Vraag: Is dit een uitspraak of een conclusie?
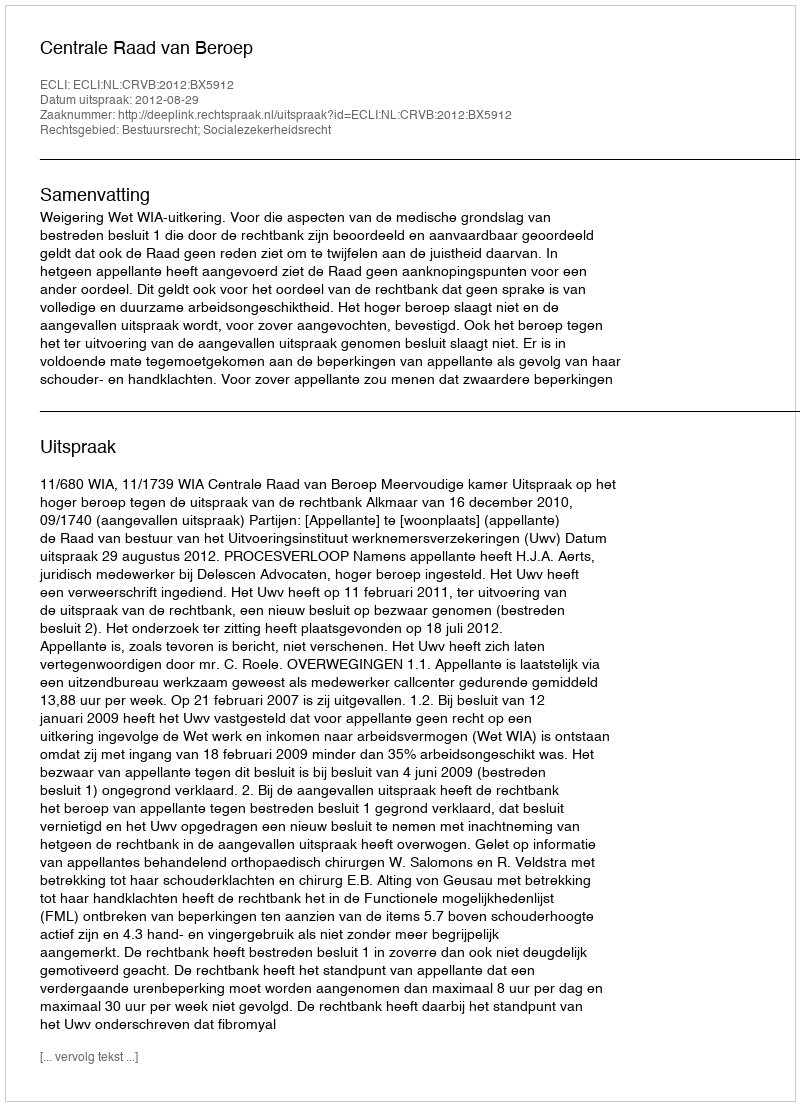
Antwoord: Uitspraak